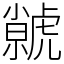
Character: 虩